Civil Veterinary Dept. Bombay admin report 1907-1913 - 1907-1913
Year: 1907
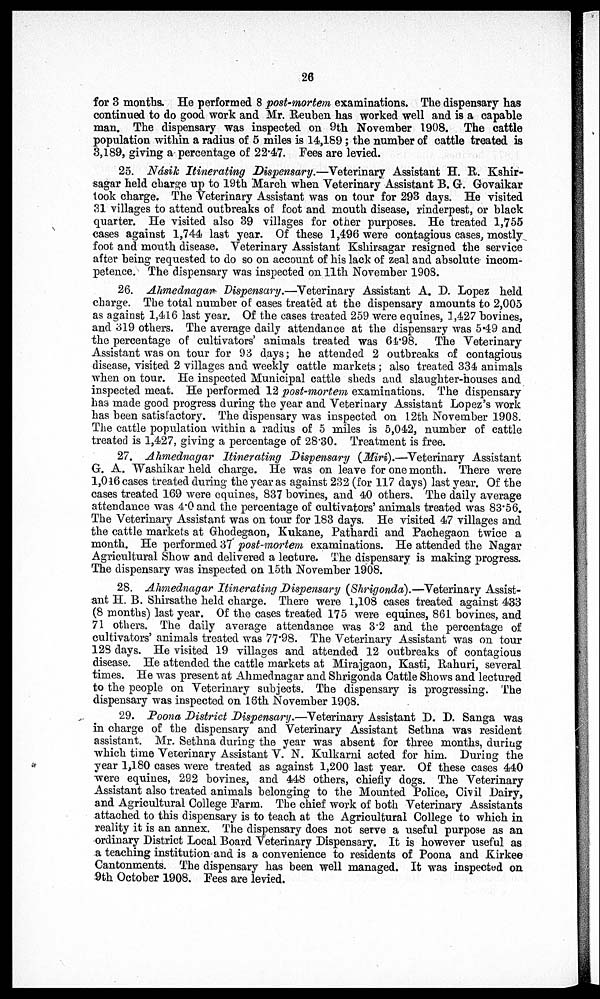
26
for 3 months. He performed 8 post-mortem examinations. The dispensary has
continued to do good work and Mr. Reuben has worked well and is a capable
man. The dispensary was inspected on 9th November 1908. The cattle
population within a radius of 5 miles is 14,189 ; the number of cattle treated is
3,189, giving a percentage of 22.47. Fees are levied.
25. Násik Itinerating Dispensary.—Veterinary Assistant H. R. Kshir-
sagar held charge up to 19th March when Veterinary Assistant B. G-. Govaikar
took charge. The Veterinary Assistant was on tour for 293 days. He visited
31 villages to attend outbreaks of foot and mouth disease, rinderpest, or black
quarter. He visited also 39 villages for other purposes. He treated 1,755
cases against 1,744 last year. Of these 1,496 were contagious cases, mostly
foot and mouth disease. Veterinary Assistant Kshirsagar resigned the service
after being requested to do so on account of his lack of zeal and absolute incom-
petence. The dispensary was inspected on 11th November 1908.
26. Ahmednagar Dispensary.—Veterinary Assistant A. D. Lopez held
charge. The total number of cases treated at the dispensary amounts to 2,005
as against 1,416 last year. Of the cases treated 259 were equines, 1,427 bovines,
and 319 others. The average daily attendance at the dispensary was 549 and
the percentage of cultivators' animals treated was 64.98. The Veterinary
Assistant was on tour for 93 days; he attended 2 outbreaks of contagious
disease, visited 2 villages and weekly cattle markets; also treated 334 animals
when on tour. He inspected Municipal cattle sheds and. slaughter-houses and
inspected meat. He performed 12 post-mortem examinations. The dispensary
has made good progress during the year and Veterinary Assistant Lopez's work
has been satisfactory. The dispensary was inspected on 12th November 1908.
The cattle population within a radius of 5 miles is 5,042, number of cattle
treated is 1,427, giving a percentage of 28.30. Treatment is free.
27. Ahmednagar Itinerating Dispensary (Miri).—Veterinary Assistant
G. A, Washikar held charge. He was on leave for one month. There were
1,046 cases treated during the year as against 232 (for 117 days) last year. Of the
cases treated 169 were equines, 837 bovines, and 40 others. The daily average
attendance was 4.0 and the percentage of cultivators' animals treated was 83.56.
The Veterinary Assistant was on tour for 183 days. He visited 47 villages and
the cattle markets at Ghodegaon, Kukane, Pathardi and Pachegaon twice a
month. He performed 37 post-mortem examinations. He attended the Nagar
Agricultural Show and delivered a lecture. The dispensary is making progress.
The dispensary was inspected on 15th November 1908.
28. Ahmednagar Itinerating Dispensary (Shrigonda).—Veterinary Assist-
ant H. B. Shirsathe held charge. There were 1,108 cases treated against 433
(8 months) last year. Of the cases treated 175 were equines, 861 bovines, and
71 others. The daily average attendance was 32 and the percentage of
cultivators' animals treated was 77.98. The Veterinary Assistant was on tour
128 days. He visited 19 villages and attended 12 outbreaks of contagious
disease. He attended the cattle markets at Mirajgaon, Kasti, Rahuri, several
times. He was present at Ahmednagar and Shrigonda Cattle Shows and lectured
to the people on Veterinary subjects. The dispensary is progressing. The
dispensary was inspected on 16th November 1908.
29. Poona District Dispensary.—Veterinary Assistant D. D. Sanga was
in charge of the dispensary and Veterinary Assistant Sethna was resident
assistant. Mr. Sethna during the year was absent for three months, during
which time Veterinary Assistant V. N. Kulkarni acted for him. During the
year 1,180 cases were treated as against 1,200 last year. Of these cases 440
were equines, 292 bovines, and 448 others, chiefly dogs. The Veterinary
Assistant also treated animals belonging to the Mounted Police, Civil Dairy,
and Agricultural College Farm. The chief work of both Veterinary Assistants
attached to this dispensary is to teach at the Agricultural College to which in
reality it is an annex. The dispensary does not serve a useful purpose as an
ordinary District Local Board Veterinary Dispensary. It is however useful as
a teaching institution and is a convenience to residents of Poona and Kirkee
Cantonments. The dispensary has been well managed. It was inspected on
9th October 1908. Pees are levied.